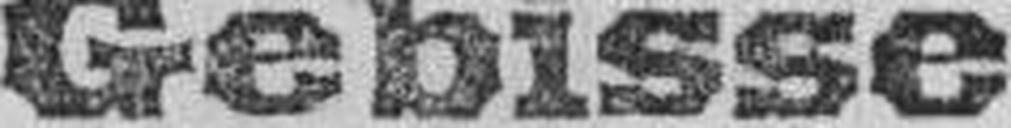
Gebisse